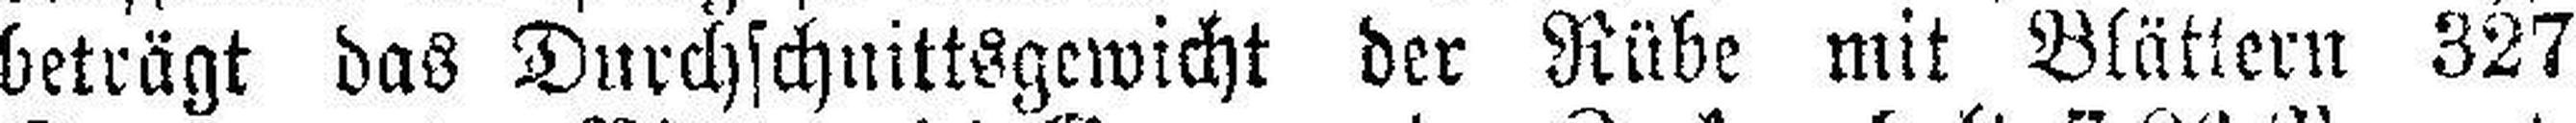
beträgt das Durchschnittsgewicht der Rübe mit Blättern 327